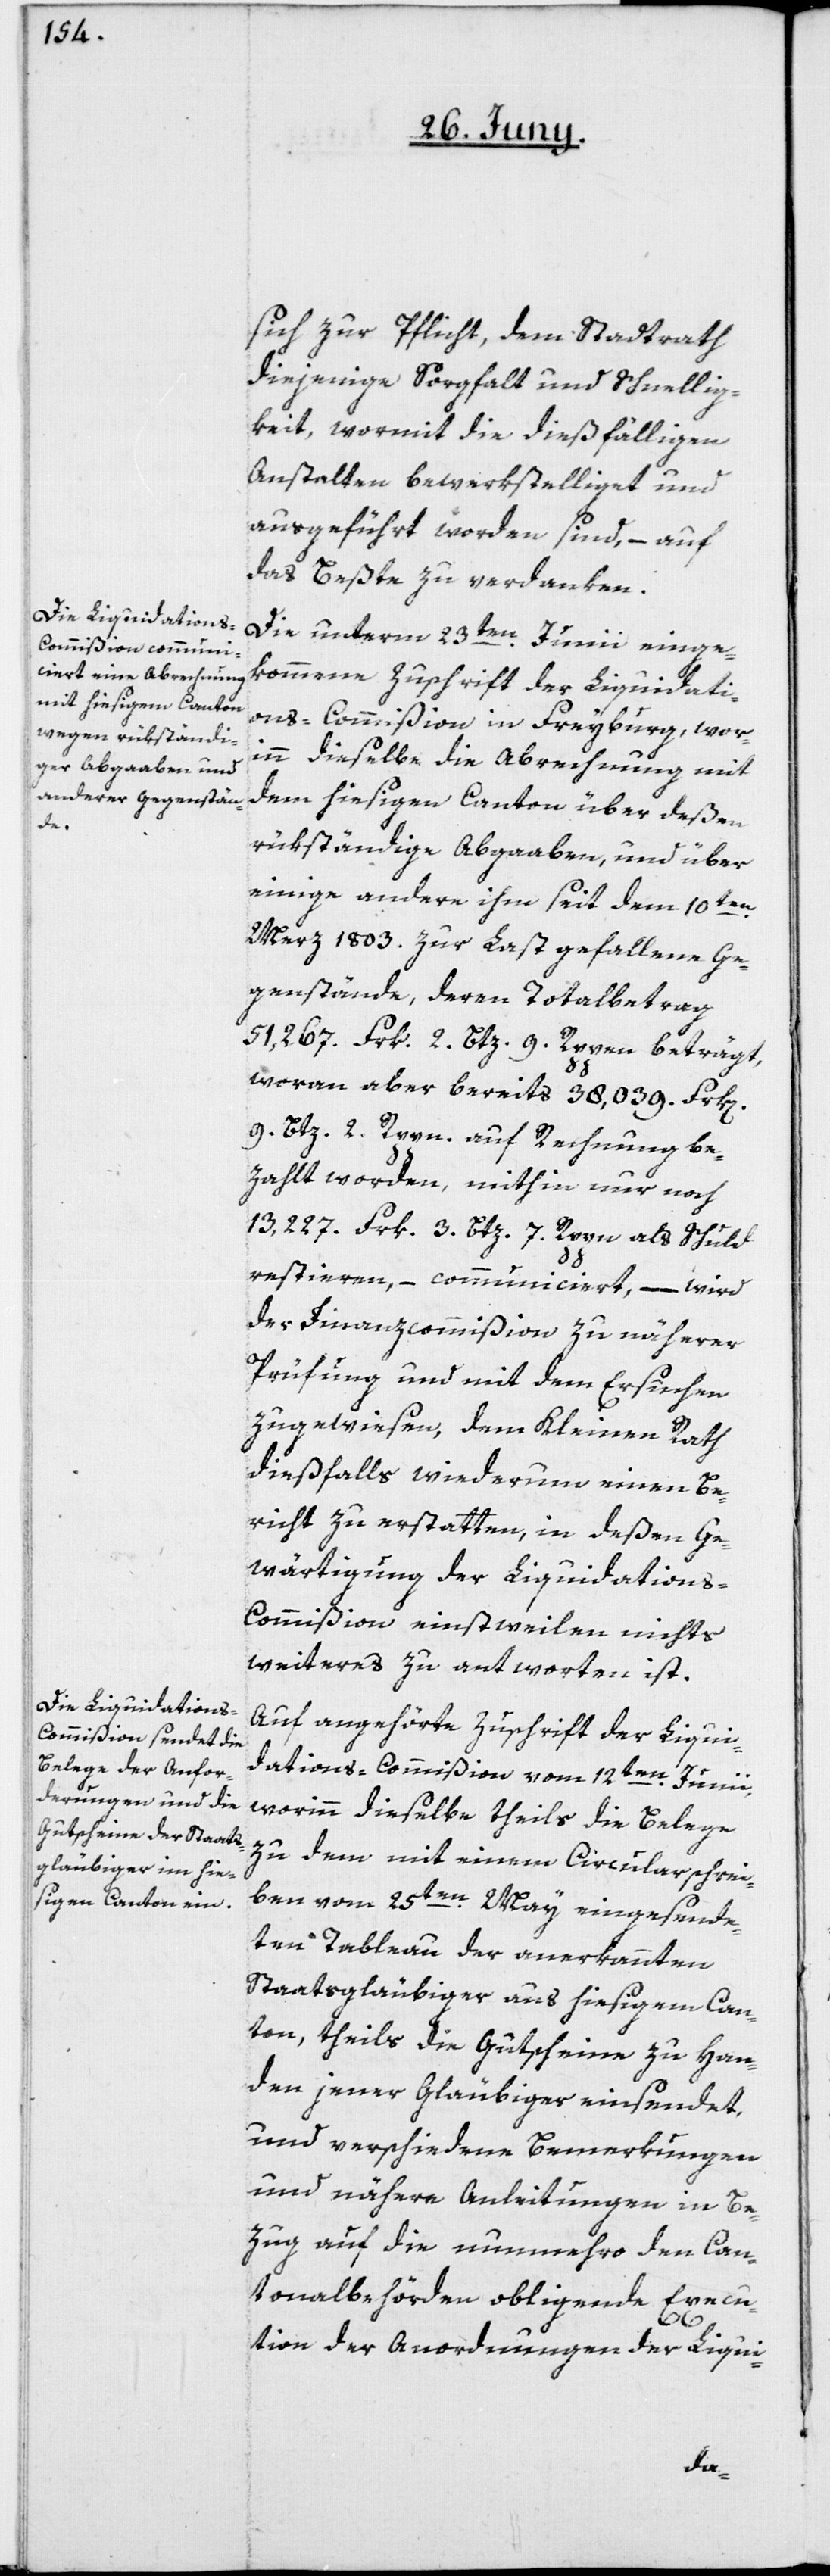
sich zur Pflicht, dem Stadtrath
diejenige Sorgfalt und Schnellig¬
keit, wormit die dießfälligen
Anstalten bewerkstelliget und
ausgeführt worden sind, – auf
das Beßte zu verdanken.
Die unterm 23ten Junii einge¬
kommene Zuschrift der Liquidati¬
ons-Commißion in Freyburg, wor¬
inn dieselbe die Abrechnung mit
dem hiesigen Canton über deßen
rükständige Abgaaben, und über
einige andere ihm seit dem 10ten
März 1803. zur Last gefallenen Ge¬
genstände, deren Totalbetrag
51,267 Frk. 2. Btz. 9. Rppen beträgt,
woran aber bereits 38,039 Frk[en]
9 . Btz. 2. Rppn. auf Rechnung be¬
zahlt worden, mithin nur noch
13,227. Frk. 3. Btz. 7 Rppn. als Schuld
restieren, – communiciert, – wird
der Finanzcommißion zu näherer
Prüfung und mit dem Ersuchen
zugewiesen, dem Kleinen Rath
dießfalls wiederum einen Be¬
richt zu erstatten, in deßen Ge¬
wärtigung der Liquidation¬
s-Commißion einstweilen nichts
weiteres zu antworten ist.
Auf angehörte Zuschrift der Liqui¬
dations-Commißion vom 12ten Junii,
worinn dieselbe theils die Belege
zu dem mit einem Circularschrei¬
ben vom 25ten May eingesende¬
ten Tableau der anerkannten
Staatsgläubiger aus hiesigem Can¬
ton, theils die Gutscheine zu Han¬
den jener Gläubiger einsendet,
und verschiedene Bemerkungen
und nähere Anleitungen in Be¬
zug auf die nunmehro den Can¬
tonalbehörden obligende Execu¬
tion der Anordnungen der Liqui-